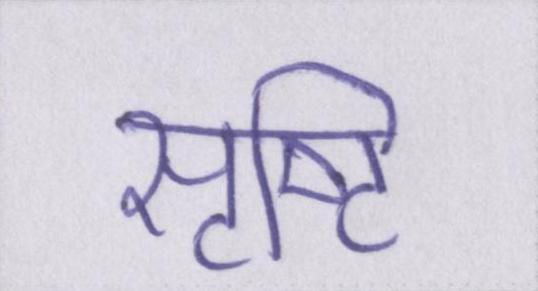
सृष्टि